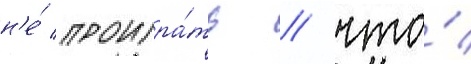
н'е́ проигра́ть / что́